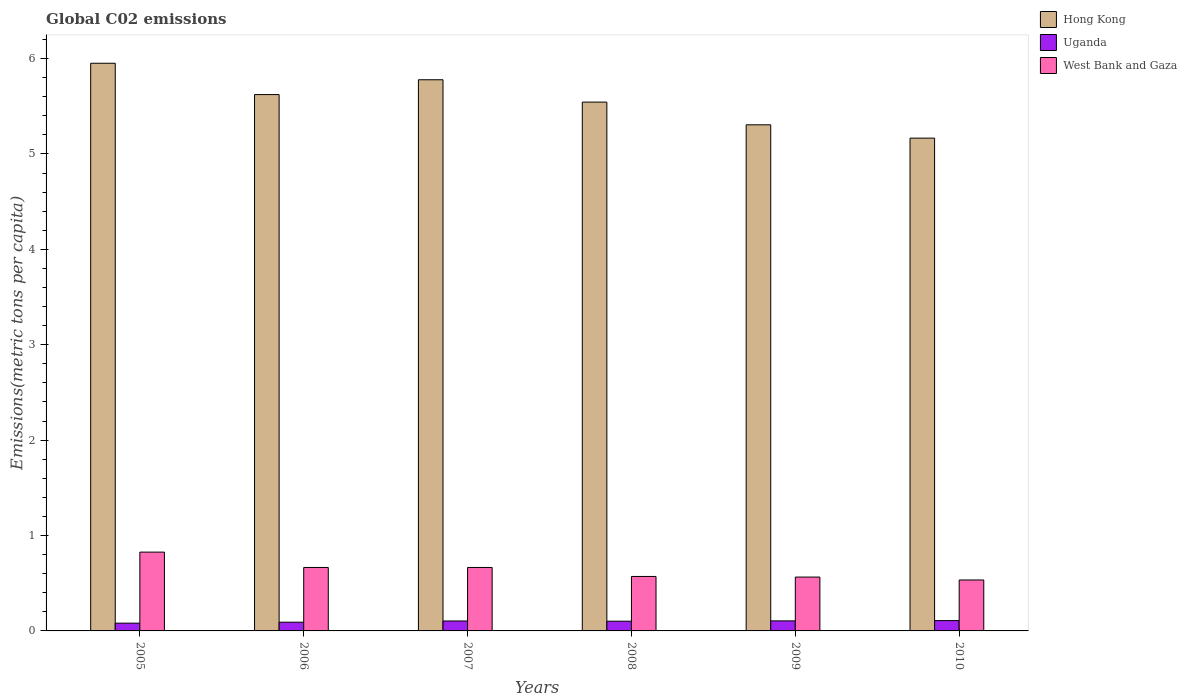
| Years | Hong Kong | Uganda | West Bank and Gaza |
 | --- | --- | --- | --- |
 | 2005 | 5.95 | 0.0815 | 0.826 |
 | 2006 | 5.62 | 0.0915 | 0.665 |
 | 2007 | 5.78 | 0.104 | 0.665 |
 | 2008 | 5.54 | 0.102 | 0.571 |
 | 2009 | 5.31 | 0.105 | 0.565 |
 | 2010 | 5.17 | 0.108 | 0.534 |